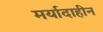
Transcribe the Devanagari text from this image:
मर्यादाहीन